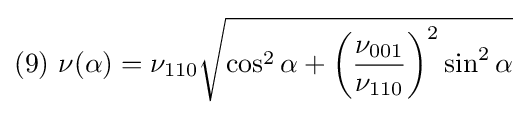
(9)\ \nu (\alpha )=\nu _{110}{\sqrt {\cos ^{2}\alpha +\left({\frac {\nu _{001}}{\nu _{110}}}\right)^{2}\sin ^{2}\alpha }}